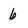
Character: 6